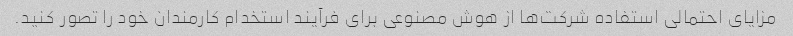
مزایای احتمالی استفاده شرکت‌ها از هوش مصنوعی برای فرآیند استخدام کارمندان خود را تصور کنید.